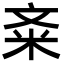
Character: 㪰